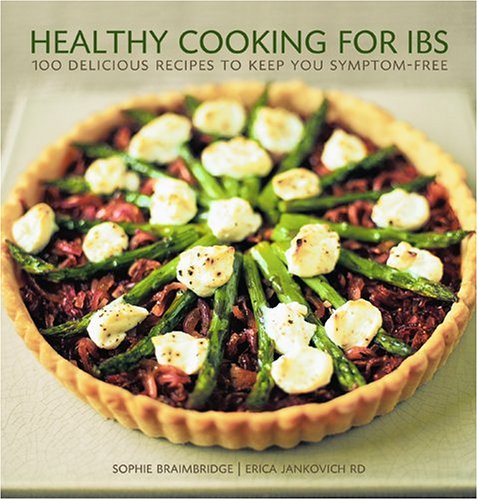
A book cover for Healthy Cooking for IBS: 100 Delicious Recipes to Keep You Symptom-Free; Sophie Braimbridge; Health, Fitness & Dieting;